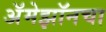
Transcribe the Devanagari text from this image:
अॅमेझॉनचा